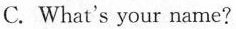
C. What's your name?